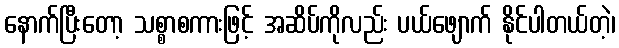
နောက်ပြီးတော့ သစ္စာစကားဖြင့် အဆိပ်ကိုလည်း ပယ်ဖျောက် နိုင်ပါတယ်တဲ့၊